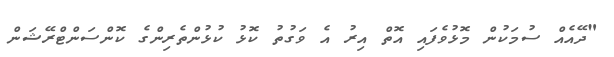
"ދޭއެއް ސުމަކުން މޮޅުވެފައި އޮތް އިރު އެ ވަގުތު ކޮޅު ކުޅުންތެރިންގެ ކޮންސަންޓްރޭޝަން